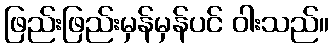
ဖြည်းဖြည်းမှန်မှန်ပင် ဝါးသည်။